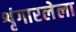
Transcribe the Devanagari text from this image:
शृंगारलेला